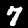
Label: 7